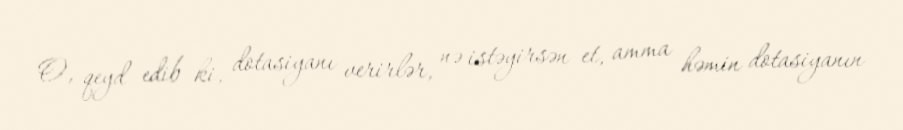
O, qeyd edib ki, dotasiyanı verirlər, nə istəyirsən et, amma həmin dotasiyanın